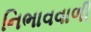
નિભાવવાળી